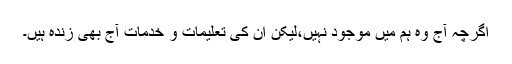
اگرچہ آج وہ ہم میں موجود نہیں،لیکن ان کی تعلیمات و خدمات آج بھی زندہ ہیں۔